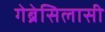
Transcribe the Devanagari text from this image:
गेब्रेसिलासी